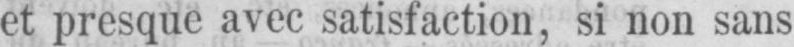
et presque avec satisfaction, si non sans